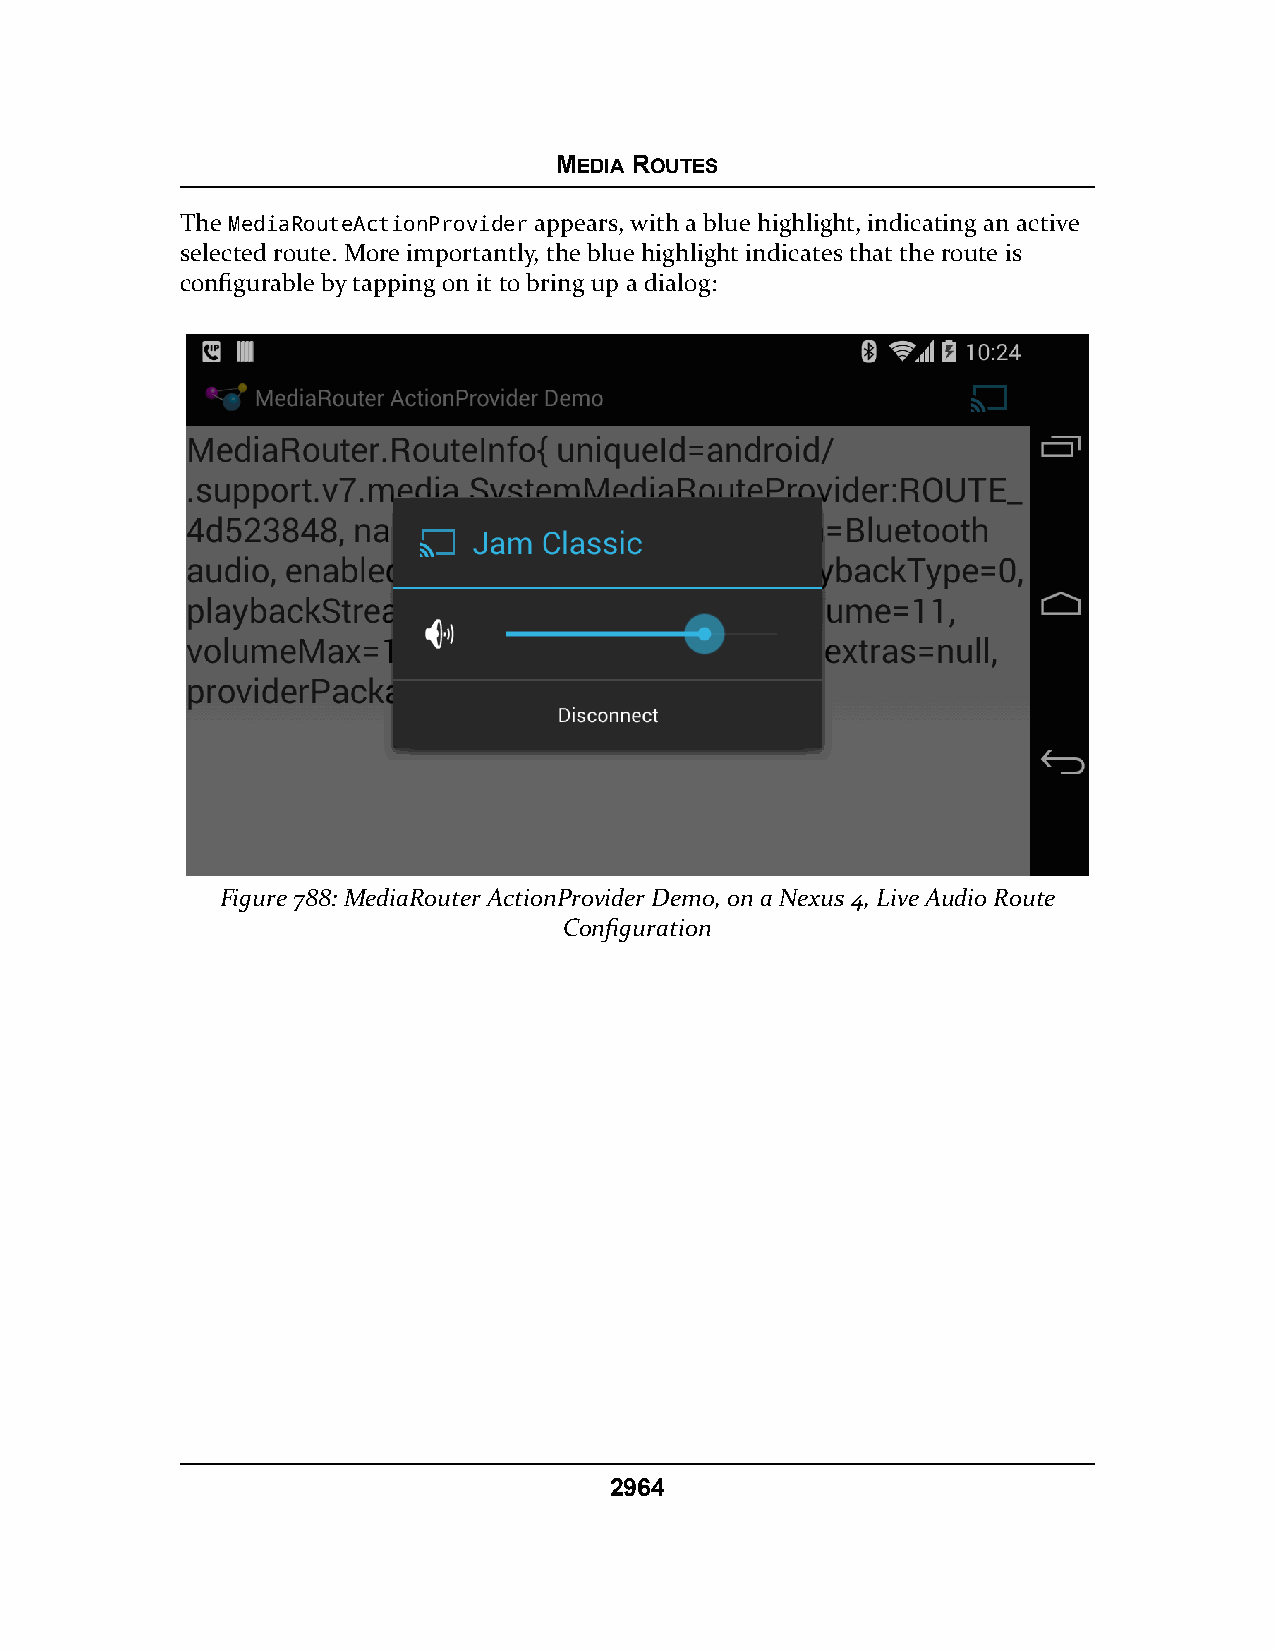
MEDIA ROUTES
 The MediaRouteActionProvider appears, with a blue highlight, indicating an active
 selected route. More importantly, the blue highlight indicates that the route is
 configurable by tapping on it to bring up a dialog:
 Figure 788: MediaRouter ActionProvider Demo, on a Nexus 4, Live Audio Route
 Configuration
 2964